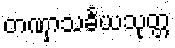
တဏှာသင်္ခယသုတ္တ